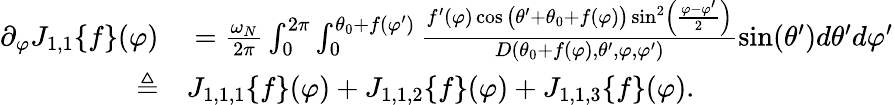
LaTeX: \begin{array}{rl}{\partial_{\varphi}J_{1,1}\{ f\} (\varphi)}&{{}=\frac{\omega_{N}}{2\pi}\int_{0}^{2\pi}\int_{0}^{\theta_{0}+f(\varphi^{\prime})}\frac{f^{\prime}(\varphi)\cos\big(\theta^{\prime}+\theta_{0}+f(\varphi)\big)\sin^{2}\left(\frac{\varphi-\varphi^{\prime}}{2}\right)}{D(\theta_{0}+f(\varphi),\theta^{\prime},\varphi,\varphi^{\prime})}\sin(\theta^{\prime})d\theta^{\prime}d\varphi^{\prime}}\\ {\triangleq}&{{}J_{1,1,1}\{ f\} (\varphi)+J_{1,1,2}\{ f\} (\varphi)+J_{1,1,3}\{ f\} (\varphi).}\end{array}